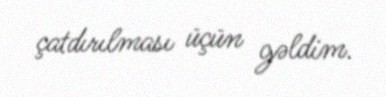
çatdırılması üçün gəldim.